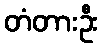
တံတားဦး